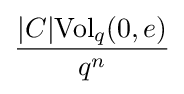
{\frac {|C|{\text{Vol}}_{q}(0,e)}{q^{n}}}